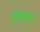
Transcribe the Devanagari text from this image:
जड़ावचंद